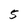
Character: 5